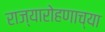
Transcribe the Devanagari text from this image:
राज्यारोहणाच्या